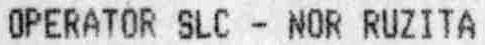
OPERATOR SLC - NOR RUZITA